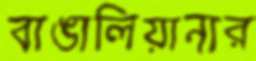
বাঙালিয়ানার